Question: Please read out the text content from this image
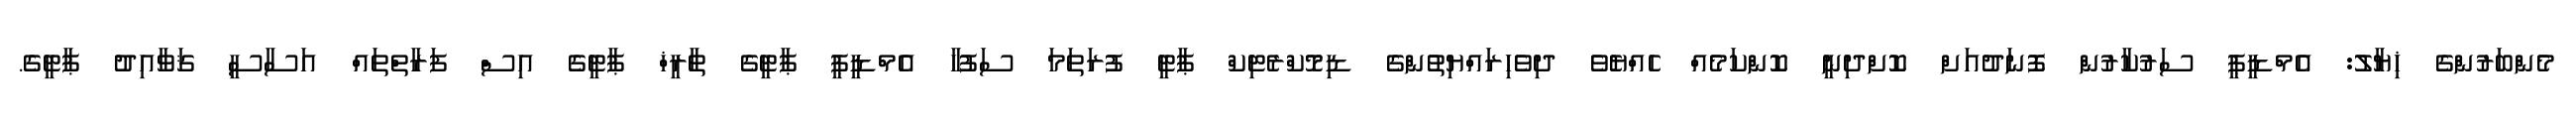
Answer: މެންބަރުންގެ ޚިޔާލު: އެމްޑީޕީ ސަރުކާރުން ފޮނަދުއަށް ކޮށްދިނީ ކޮންކަމެއް ހެއްޔެވެ ދިވެހިރައްޔިތުންގެ ޑިމޮކްރެޓިކް ޕާޓީ ފުރަތަމަ ސަފުހާ އެމްޑީޕީ ޕާޓީގެ ތާރީޚް ޕާޓީގެ އިސް ފަރާތްތައް އަސާސީ ޤަވާއިދު ޕާޓީގެ.